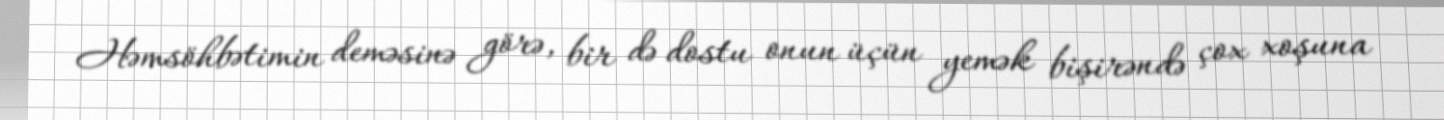
Həmsöhbətimin deməsinə görə, bir də dostu onun üçün yemək bişirəndə çox xoşuna